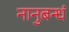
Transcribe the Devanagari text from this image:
नानुबन्धं